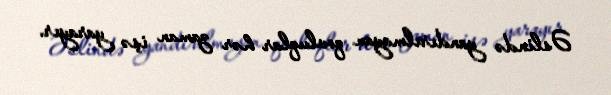
Əslində yandırılmayan qovluqlar hər zaman işə yarayır.